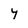
Character: y